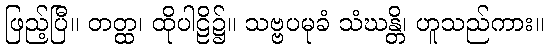
ဖြည့်ပြီ။ တတ္ထ၊ ထိုပါဠိ၌။ သဗ္ဗပမုခံ သံဃန္တိ၊ ဟူသည်ကား။